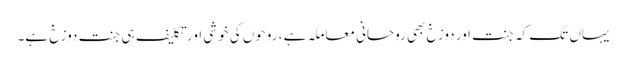
یہاں تک کہ جنت اور دوزخ بھی روحانی معاملہ ہے ، روحوں کی خوشی اور تکلیف ہی جنت دوزخ ہے۔